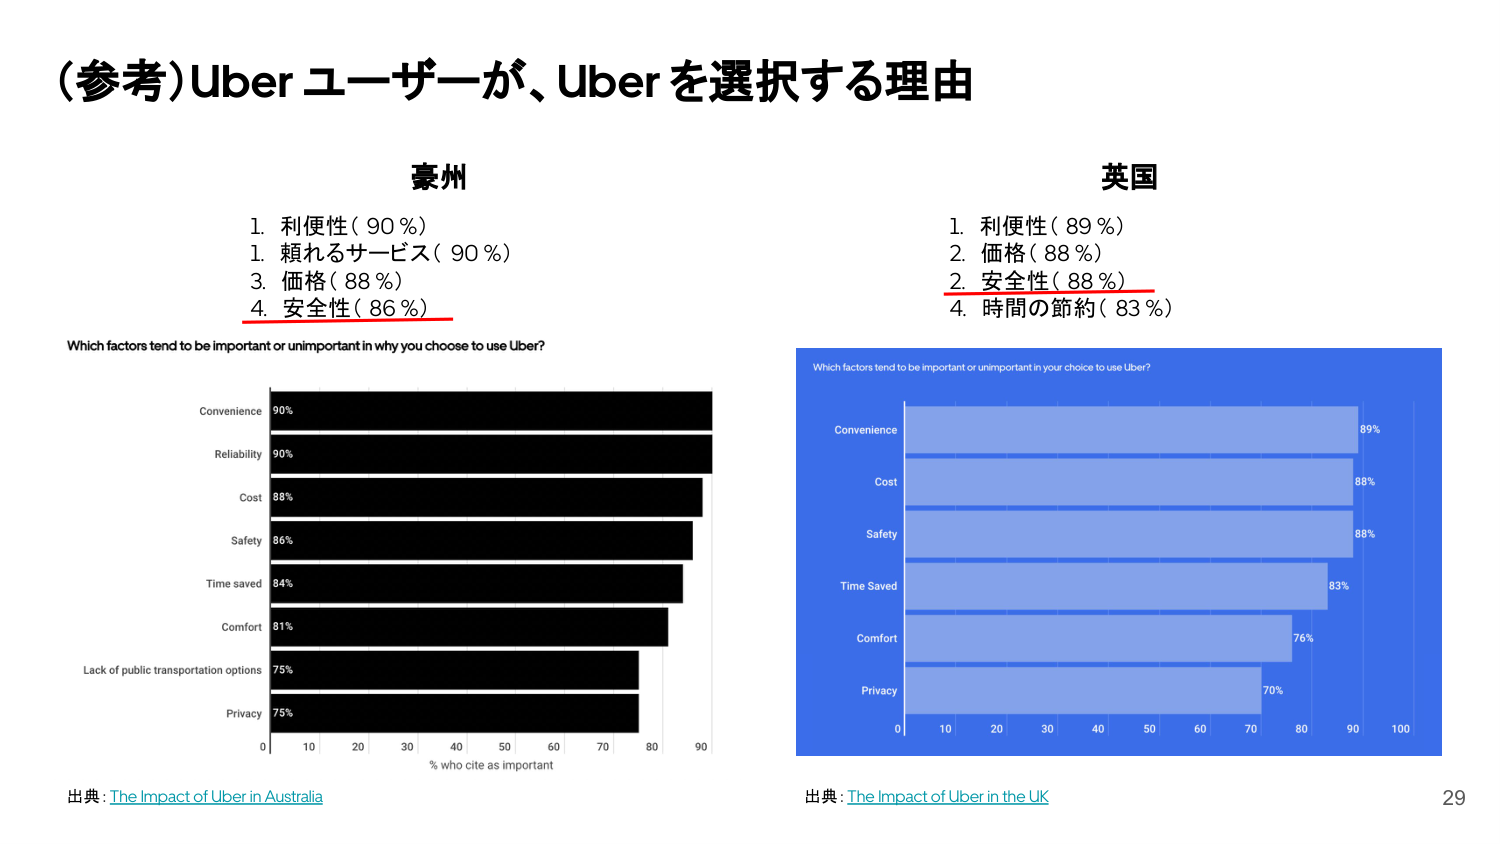
（参考）Uber ユーザーが、Uber を選択する理由

豪州
1. 利便性（90％）
1. 頼れるサービス（90％）
3. 価格（88％）
4. 安全性（86％）

Which factors tend to be important or unimportant in why you choose to use Uber?
Convenience 90%
Reliability 90%
Cost 88%
Safety 86%
Time saved 84%
Comfort 81%
Lack of public transportation options 75%
Privacy 75%
0 10 20 30 40 50 60 70 80 90
% who cite as important

出典：The Impact of Uber in Australia

英国
1. 利便性（89％）
2. 価格（88％）
2. 安全性（88％）
4. 時間の節約（83％）

Which factors tend to be important or unimportant in your choice to use Uber?
Convenience 89%
Cost 88%
Safety 88%
Time Saved 83%
Comfort 76%
Privacy 70%
0 10 20 30 40 50 60 70 80 90 100

出典：The Impact of Uber in the UK

29